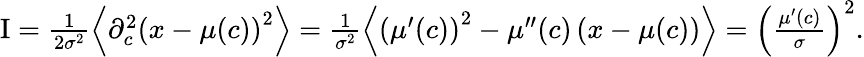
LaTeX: \begin{array}{r}{\mathrm{I}=\frac{1}{2\sigma^{2}}\left\langle\partial_{c}^{2}\left(x-\mu(c)\right)^{2}\right\rangle=\frac{1}{\sigma^{2}}\left\langle\left(\mu^{\prime}(c)\right)^{2}-\mu^{\prime\prime}(c)\left(x-\mu(c)\right)\right\rangle=\left(\frac{\mu^{\prime}(c)}{\sigma}\right)^{2}.}\end{array}